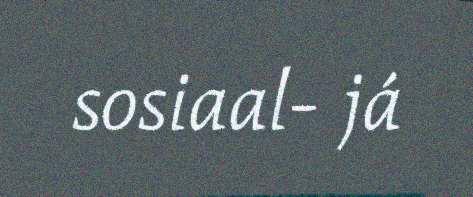
sosiaal- já